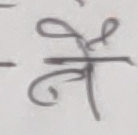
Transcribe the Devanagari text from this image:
ने